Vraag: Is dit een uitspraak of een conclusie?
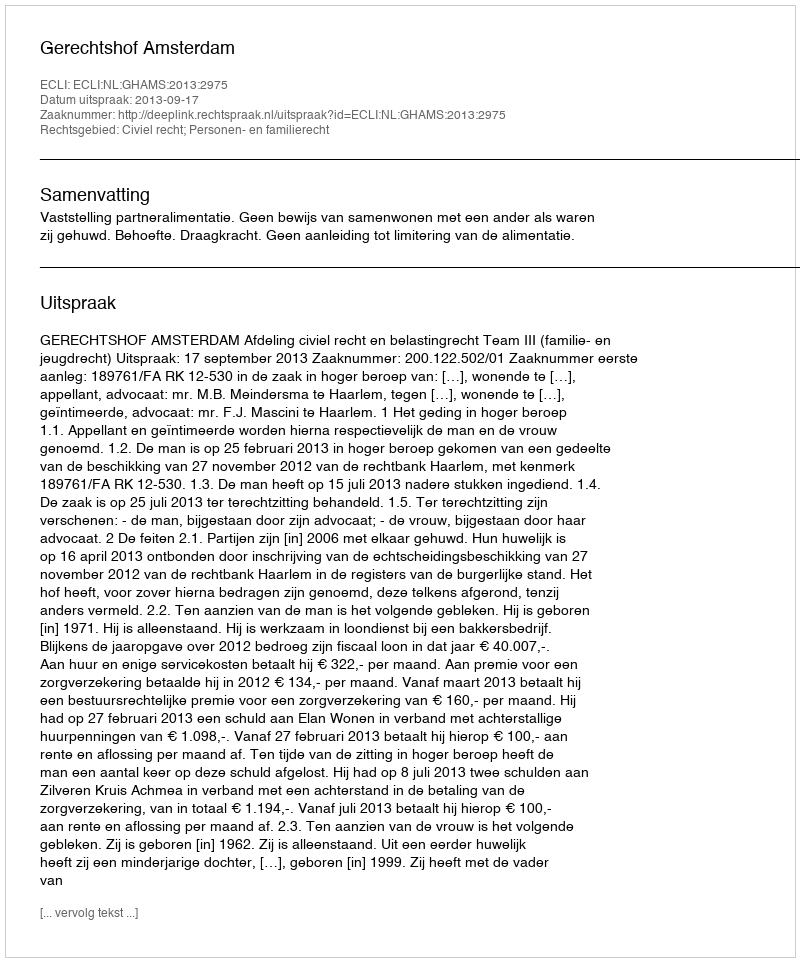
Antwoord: Uitspraak